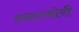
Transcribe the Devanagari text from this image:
एनाजोरी